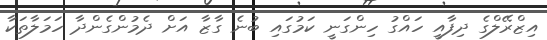
އިޒްރޭލްގެ ދިފާއީ ހައްގު ހިންގަނީ ކަމުގައި ބުނެ ގާޒާ އަށް ދެމުންގެންދާ ހަމަލާތަކާ